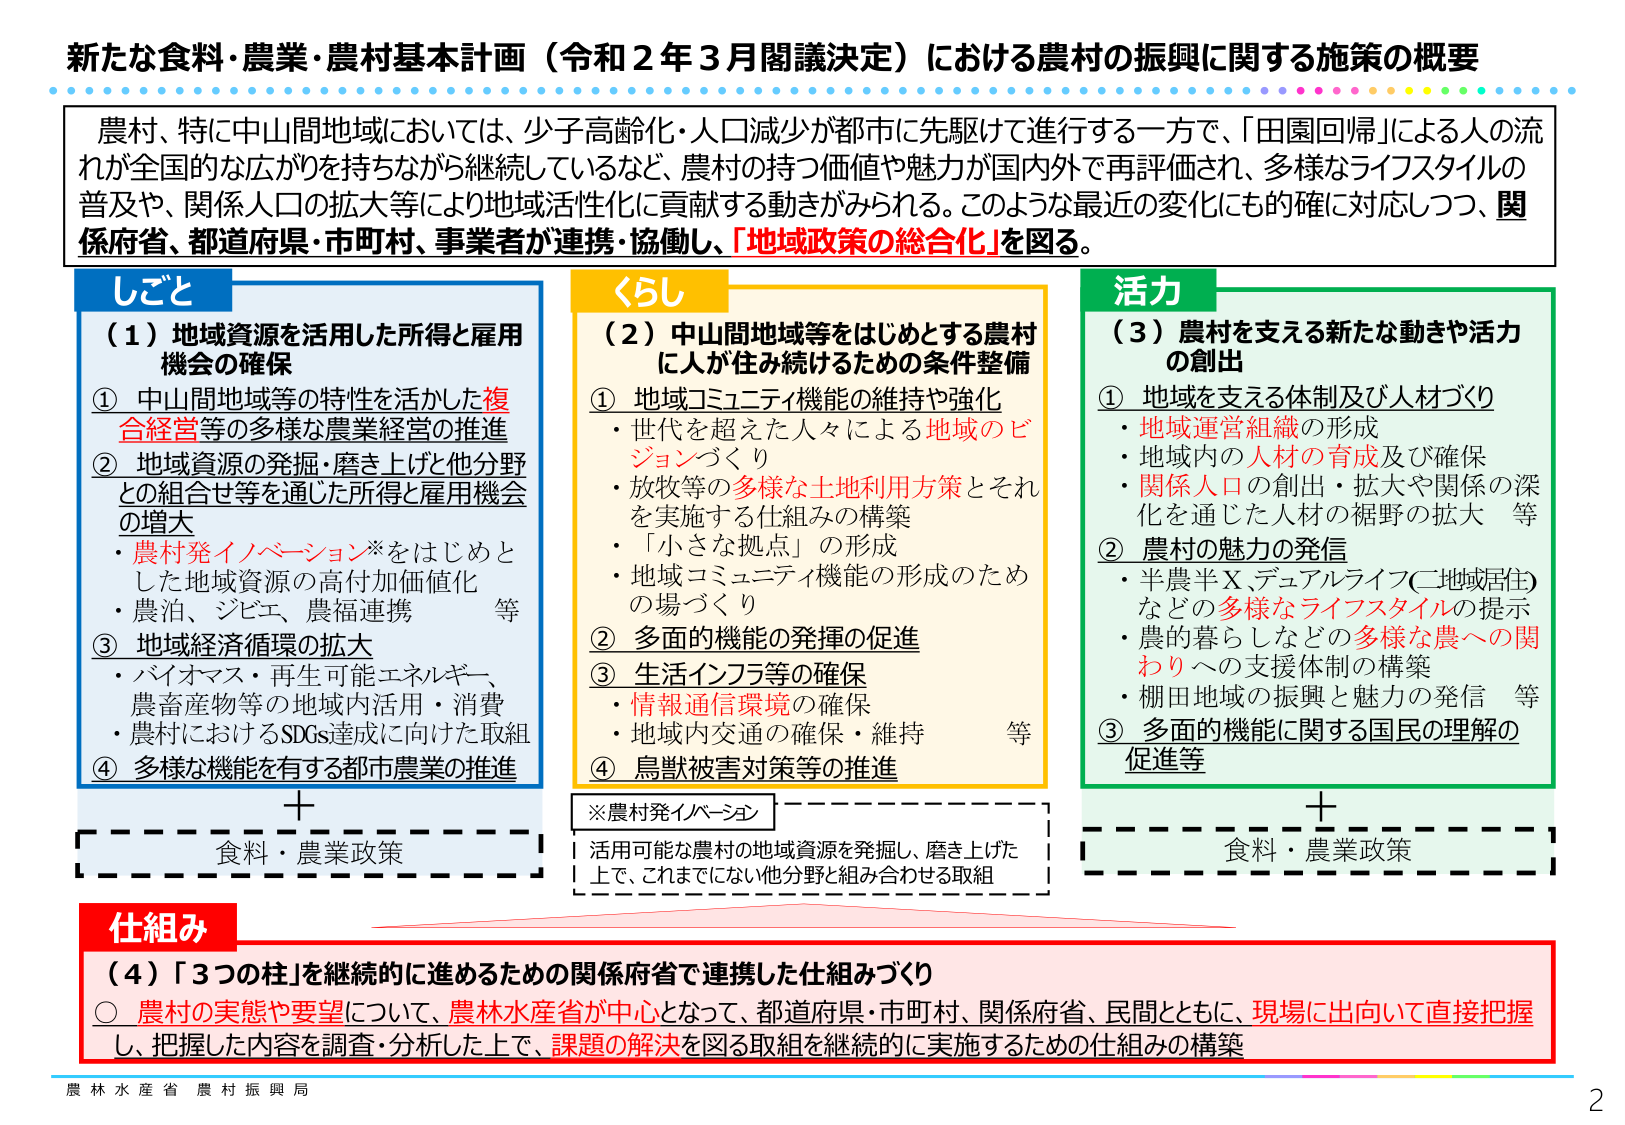
新たな食料・農業・農村基本計画（令和２年３月閣議決定）における農村の振興に関する施策の概要

農村、特に中山間地域においては、少子高齢化・人口減少が都市に先駆けて進行する一方で、「田園回帰」による人の流れが全国的な広がりを持ちながら継続しているなど、農村の持つ価値や魅力が国内外で再評価され、多様なライフスタイルの普及や、関係人口の拡大等により地域活性化に貢献する動きがみられる。このような最近の変化にも的確に対応しつつ、関係府省、都道府県・市町村、事業者が連携・協働し、「地域政策の総合化」を図る。

しごと
（１）地域資源を活用した所得と雇用機会の確保
① 中山間地域等の特性を活かした複合経営等の多様な農業経営の推進
② 地域資源の発掘・磨き上げと他分野との組合せ等を通じた所得と雇用機会の増大
・農村発イノベーション※をはじめとした地域資源の高付加価値化
・農泊、ジビエ、農福連携　等
③ 地域経済循環の拡大
・バイオマス・再生可能エネルギー、農畜産物等の地域内活用・消費
・農村におけるSDGs達成に向けた取組
④ 多様な機能を有する都市農業の推進

くらし
（２）中山間地域等をはじめとする農村に人が住み続けるための条件整備
① 地域コミュニティ機能の維持や強化
・世代を超えた人々による地域のビジョンづくり
・放牧等の多様な土地利用方策とそれを実施する仕組みの構築
・「小さな拠点」の形成
・地域コミュニティ機能の形成のための場づくり
② 多面的機能の発揮の促進
③ 生活インフラ等の確保
・情報通信環境の確保
・地域内交通の確保・維持　等
④ 鳥獣被害対策等の推進

活力
（３）農村を支える新たな動きや活力の創出
① 地域を支える体制及び人材づくり
・地域運営組織の形成
・地域内の人材の育成及び確保
・関係人口の創出・拡大や関係の深化を通じた人材の裾野の拡大　等
② 農村の魅力の発信
・半農半X、デュアルライフ（二地域居住）などの多様なライフスタイルの提示
・農の暮らしなどの多様な農への関わりへの支援体制の構築
・棚田地域の振興と魅力の発信　等
③ 多面的機能に関する国民の理解の促進等

※農村発イノベーション
活用可能な農村の地域資源を発掘し、磨き上げた上で、これまでにない他分野と組み合わせる取組

＋
食料・農業政策

＋
食料・農業政策

仕組み
（４）「３つの柱」を継続的に進めるための関係府省で連携した仕組みづくり
○ 農村の実態や要望について、農林水産省が中心となって、都道府県・市町村、関係府省、民間とともに、現場に出向いて直接把握し、把握した内容を調査・分析した上で、課題の解決を図る取組を継続的に実施するための仕組みの構築

農林水産省 農村振興局
2